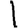
Digit: 1